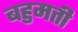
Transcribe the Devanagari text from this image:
बहुमती